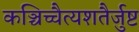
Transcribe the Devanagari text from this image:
कञ्चिच्चैत्यशतैर्जुष्ट